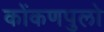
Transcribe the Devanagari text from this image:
कोंकणपुलो